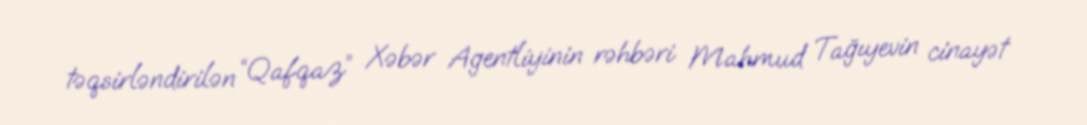
təqsirləndirilən “Qafqaz” Xəbər Agentliyinin rəhbəri Mahmud Tağıyevin cinayət